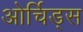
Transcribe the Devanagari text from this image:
ओर्चिड्स